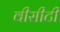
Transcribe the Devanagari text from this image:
वीसीटी